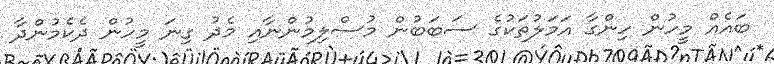
ބައެއް މީހުން ހިންގާ އަމަލުތަކުގެ ސަބަބުން މުސްލިމުންނާއި މެދު ގިނަ މީހުން ދެކެމުންދާ